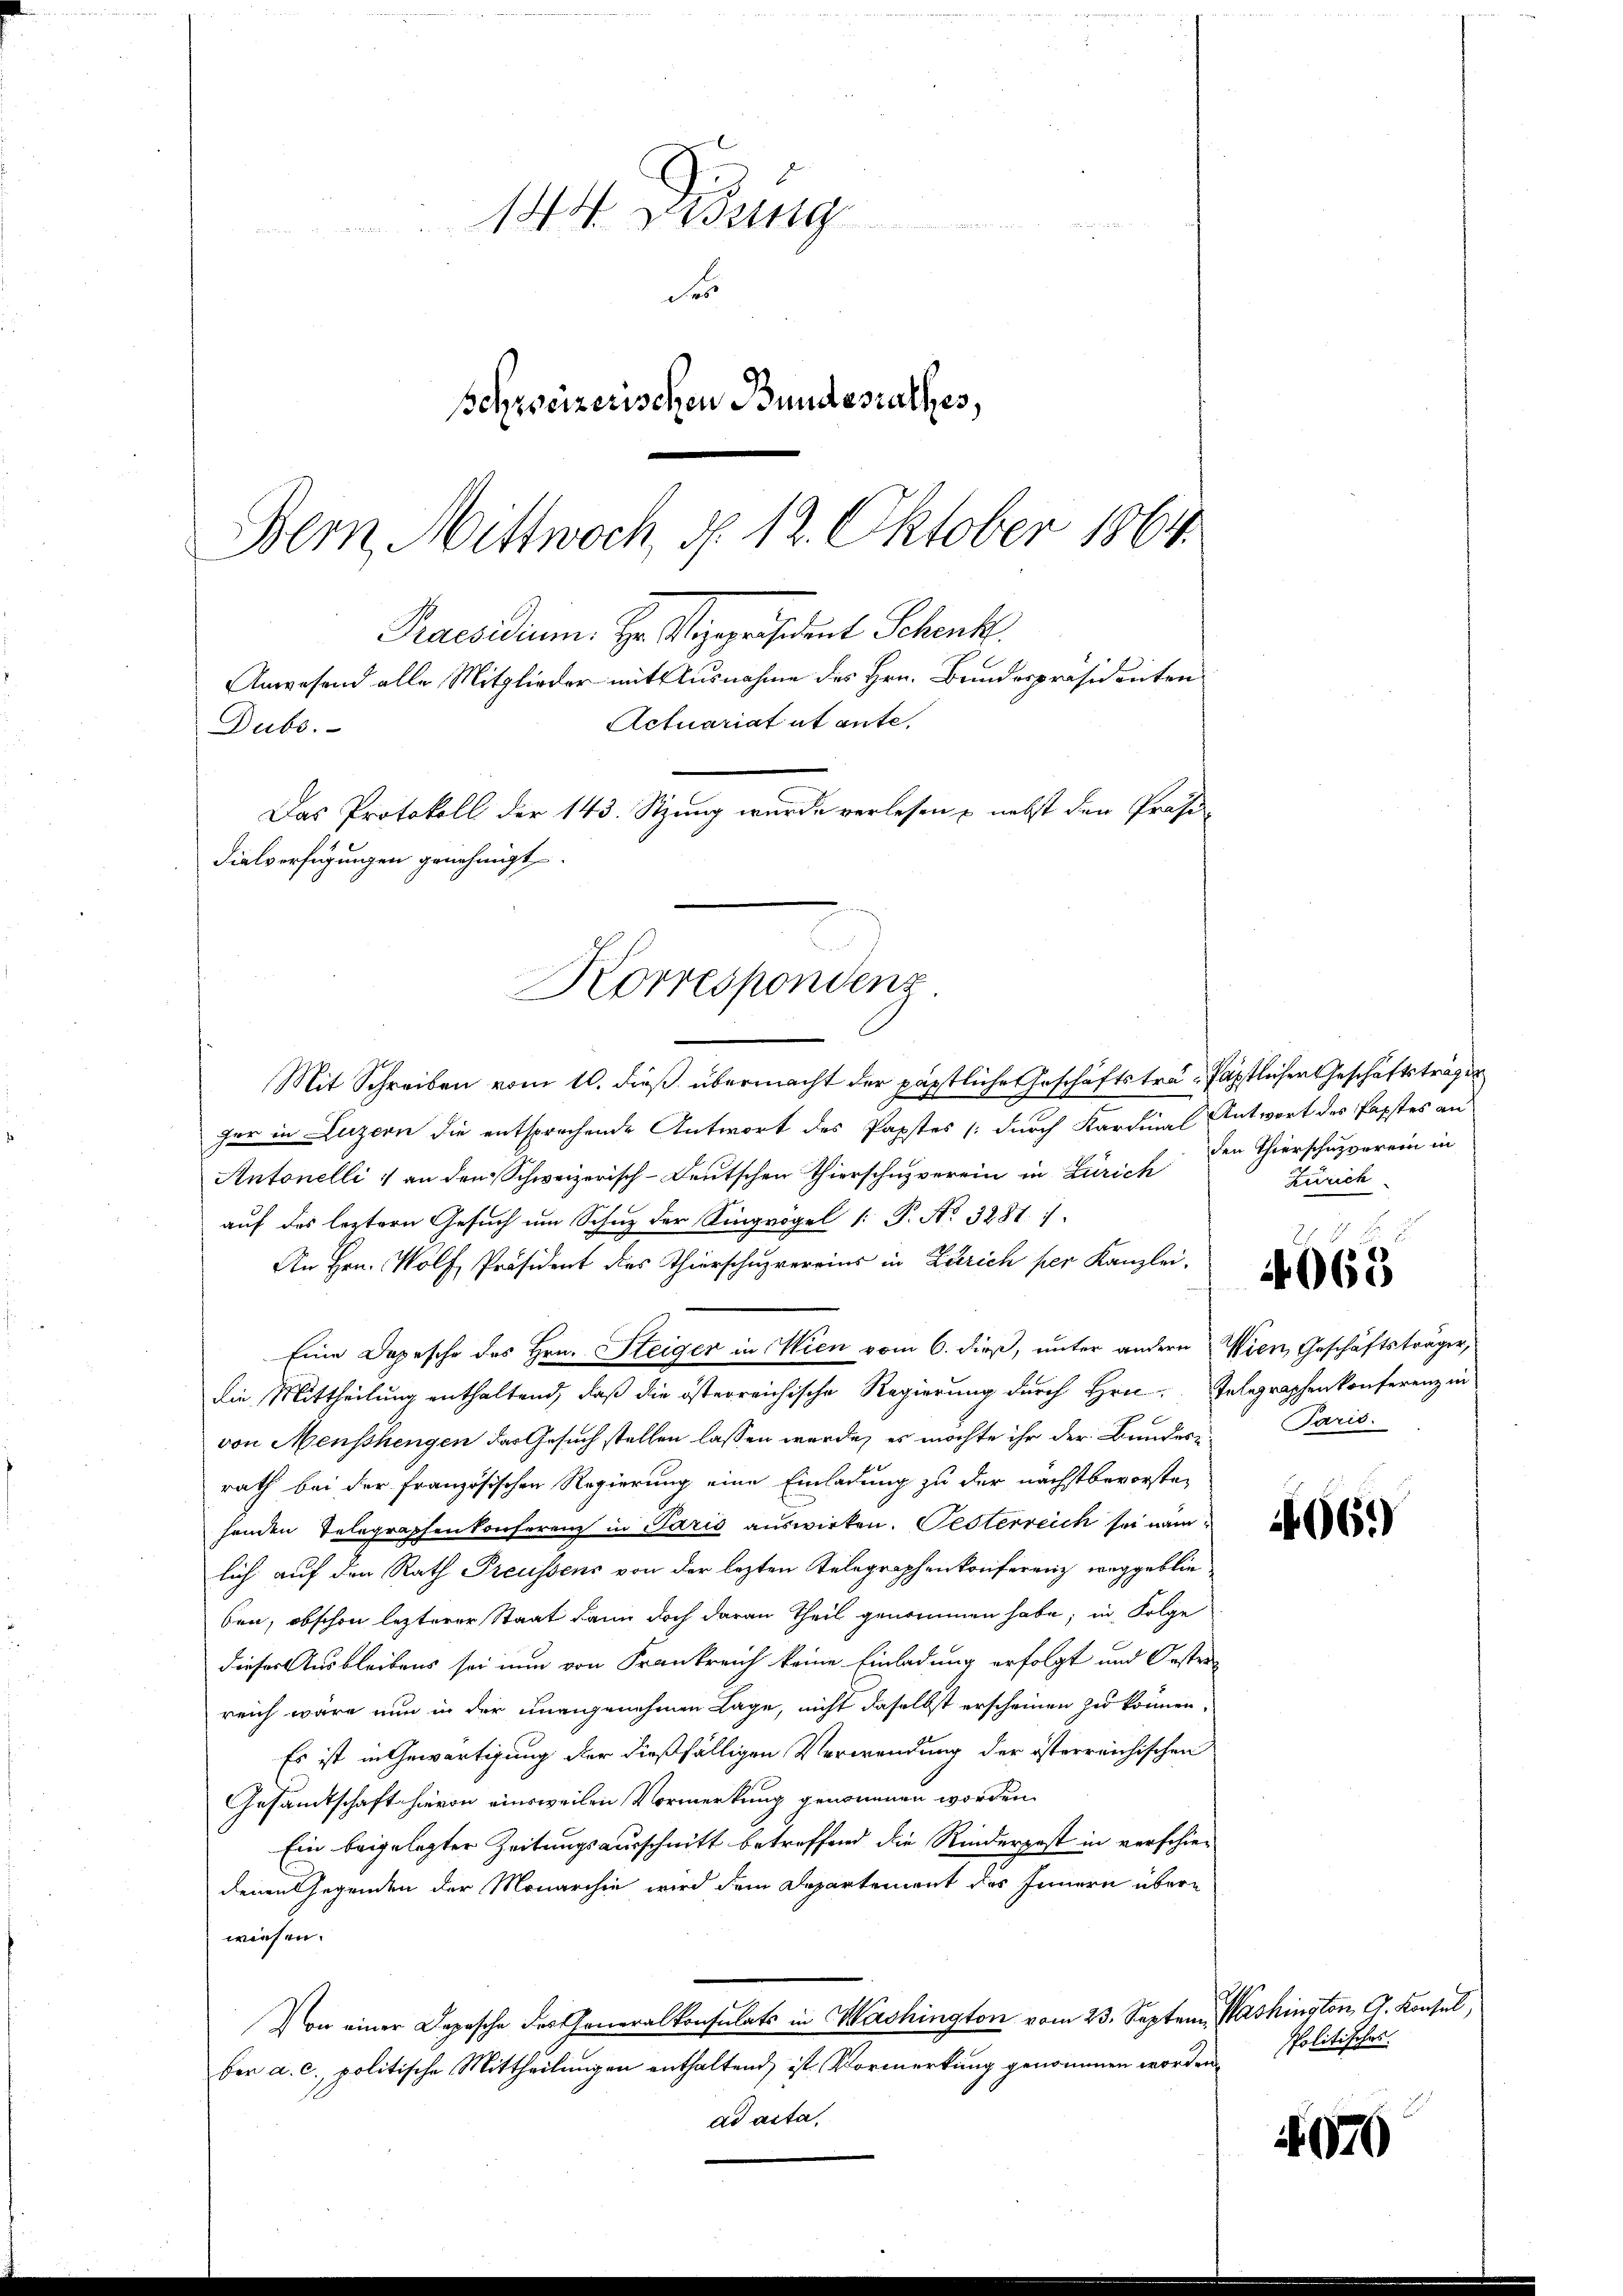
Korrespondenz

144. Dring

de
schweizerischen Bundesrathes,
Bern Mittwoch, d. 12. Oktober 1864.
Praesidium. Hr. Vizepräsident Schenk
Anwesend alle Mitglieder mit Ausnahme des Hrn. Bundespräsidenten
Actuariat et ante,
Dubs.
Das Protokoll der 143. Stzung wurde verlesen & nebst den Präsi-
dialverfügungen genehmigt.

Mit Schreiben vom 10. dieß übermacht der päpstliche Geschäftstra-fäpstlicher Geschäftsträger
her in Luzern die entsprechende Antwort des Papstes (durch Kardinal Antwort des Papstes an
Antonelli :/ an den Schweizerisch-deutschen Thierschuzverein in Zürich
auf des leztern Gesuch um Schuz der Singrögel : P. No. 3281. 1.
An Hrn. Wolf Präsident des Thierschuzvereins in Zürich per Kanzlei-
Eine Depesche des Hrn. Steiger in Wien vom 6. dieß, unter andern
die Mittheilung enthaltend, daß die österreichische Regierung durch Hrn. Telegraphenkonferenz in
von Menschengen das Gesuch stellen lassen werde, es möchte ihr der Bundesrath bei der französischen Regierung eine Einladung zu der nächstbevorste-
henden Telegraphenkonferen in Paris auswirken. Oesterreich sei nämlich auf den Rath Preussens von der lezten Telegraphenkonferenz weggeblieben, obschon lezterer Staat dann doch daran Theil genommen habe; in Folge
dieser Ausbleibens sei nun von Frankreich keine Einladung erfolgt und Oesterreich wäre nun in der unangenehmen Lage, nicht daselbst erscheinen zu können.
Es ist in Gewärtigung der dießfälligen Verwendung der österreichischen
Gesamtschaft hievon einsweilen Vormerkung genommen worden.
Ein beigelegter Zeitungsausschnitt betreffend die Rinderpost in verschiedenen Gegenden der Monarchie wird dem Departement des Innern überwiesen.
on einer Depesche des Generalkonsulats in Washington vom 23. September a. c. politische Mittheilungen enthaltend ist Vormerkung genommen worden Politisches
ad acta,

den Thierschuzverein in
Zürich

4065

Wien, Geschäftsträger,
Paris.

406)

Washington G. Konsul,

070